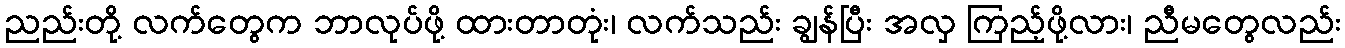
ညည်းတို့ လက်တွေက ဘာလုပ်ဖို့ ထားတာတုံး၊ လက်သည်း ချွန်ပြီး အလှ ကြည့်ဖို့လား၊ ညီမတွေလည်း